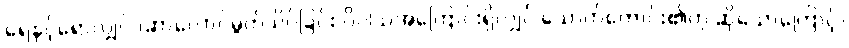
ရေနှင့်ရောလျှင် (ဆာလောင်မွတ်သိပ်ခြင်း ပိပါသအကြောင်းရှိလျှင် သောက်ကောင်း၏ဟု ဆိုသောကြောင့်)